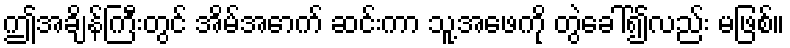
ဤအချိန်ကြီးတွင် အိမ်အောက် ဆင်းကာ သူ့အဖေကို တွဲခေါ်၍လည်း မဖြစ်။